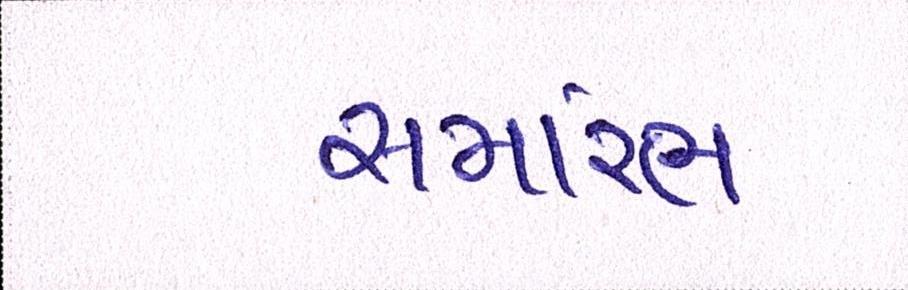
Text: સમાંરભ